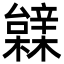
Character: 䢄